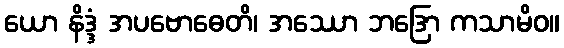
ယော နိဒ္ဒံ အပဗောဓေတိ၊ အဿော ဘဒြော ကသာမိဝ။